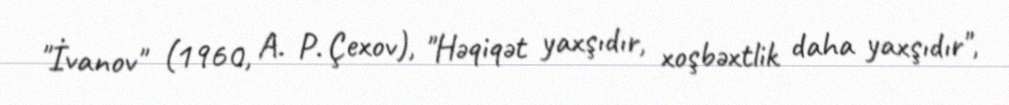
"İvanov" (1960, A. P. Çexov), "Həqiqət yaxşıdır, xoşbəxtlik daha yaxşıdır",